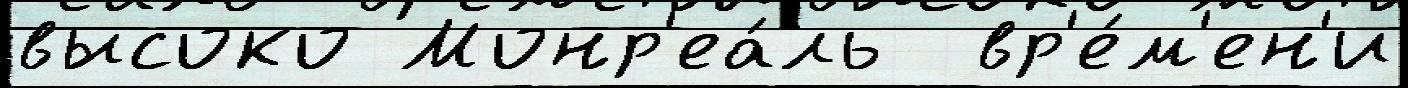
высоко Монр'еа́ль  вр'е́м'ен'и